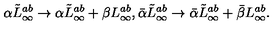
\alpha \tilde { L } _ { \infty } ^ { a b } \rightarrow \alpha \tilde { L } _ { \infty } ^ { a b } + \beta L _ { \infty } ^ { a b } , \bar { \alpha } \tilde { L } _ { \infty } ^ { a b } \rightarrow \bar { \alpha } \tilde { L } _ { \infty } ^ { a b } + \bar { \beta } L _ { \infty } ^ { a b } .